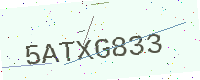
Text: 5ATXG833